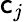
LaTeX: \mathsf{c}_{j}